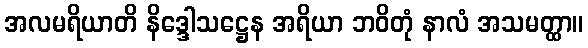
အလမရိယာတိ နိဒ္ဒေါသဋ္ဌေန အရိယာ ဘဝိတုံ နာလံ အသမတ္ထာ။